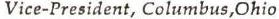
Vice-President, Columbus,Ohio